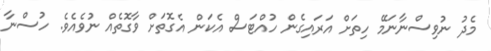
މެދު ނުވިސްނާނަމޭ ހިތަށް އަރައިގެން ހުއްޓަސް އެކަން އެގޮތަށް ވާގޮތެއް ނުވެއެވެ. ހުސްނާ